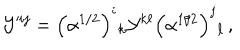
{ \cal Y } ^ { i j } = \left( \alpha ^ { 1 / 2 } \right) ^ { i } { } _ { k } { \cal Y } ^ { k \ell } \left( \alpha ^ { 1 / 2 } \right) ^ { j } { } _ { \ell } \, ,